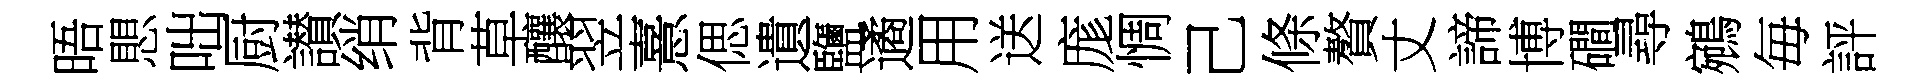
晤愳咄厨讃绡背草釀翌憙偲遺鹽遹用送庬惆己條贅丈諦博磵尋鵷毎評